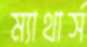
ম্যাথার্স